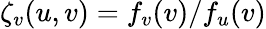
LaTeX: \zeta_{v}(u,v)=f_{v}(v)/f_{u}(v)